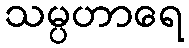
သမ္ပဟာရေ